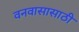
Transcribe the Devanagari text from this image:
वनवासासाठी